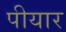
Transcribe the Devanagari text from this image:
पीयार